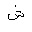
Letter: _shin